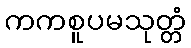
ကကစူပမသုတ္တံ